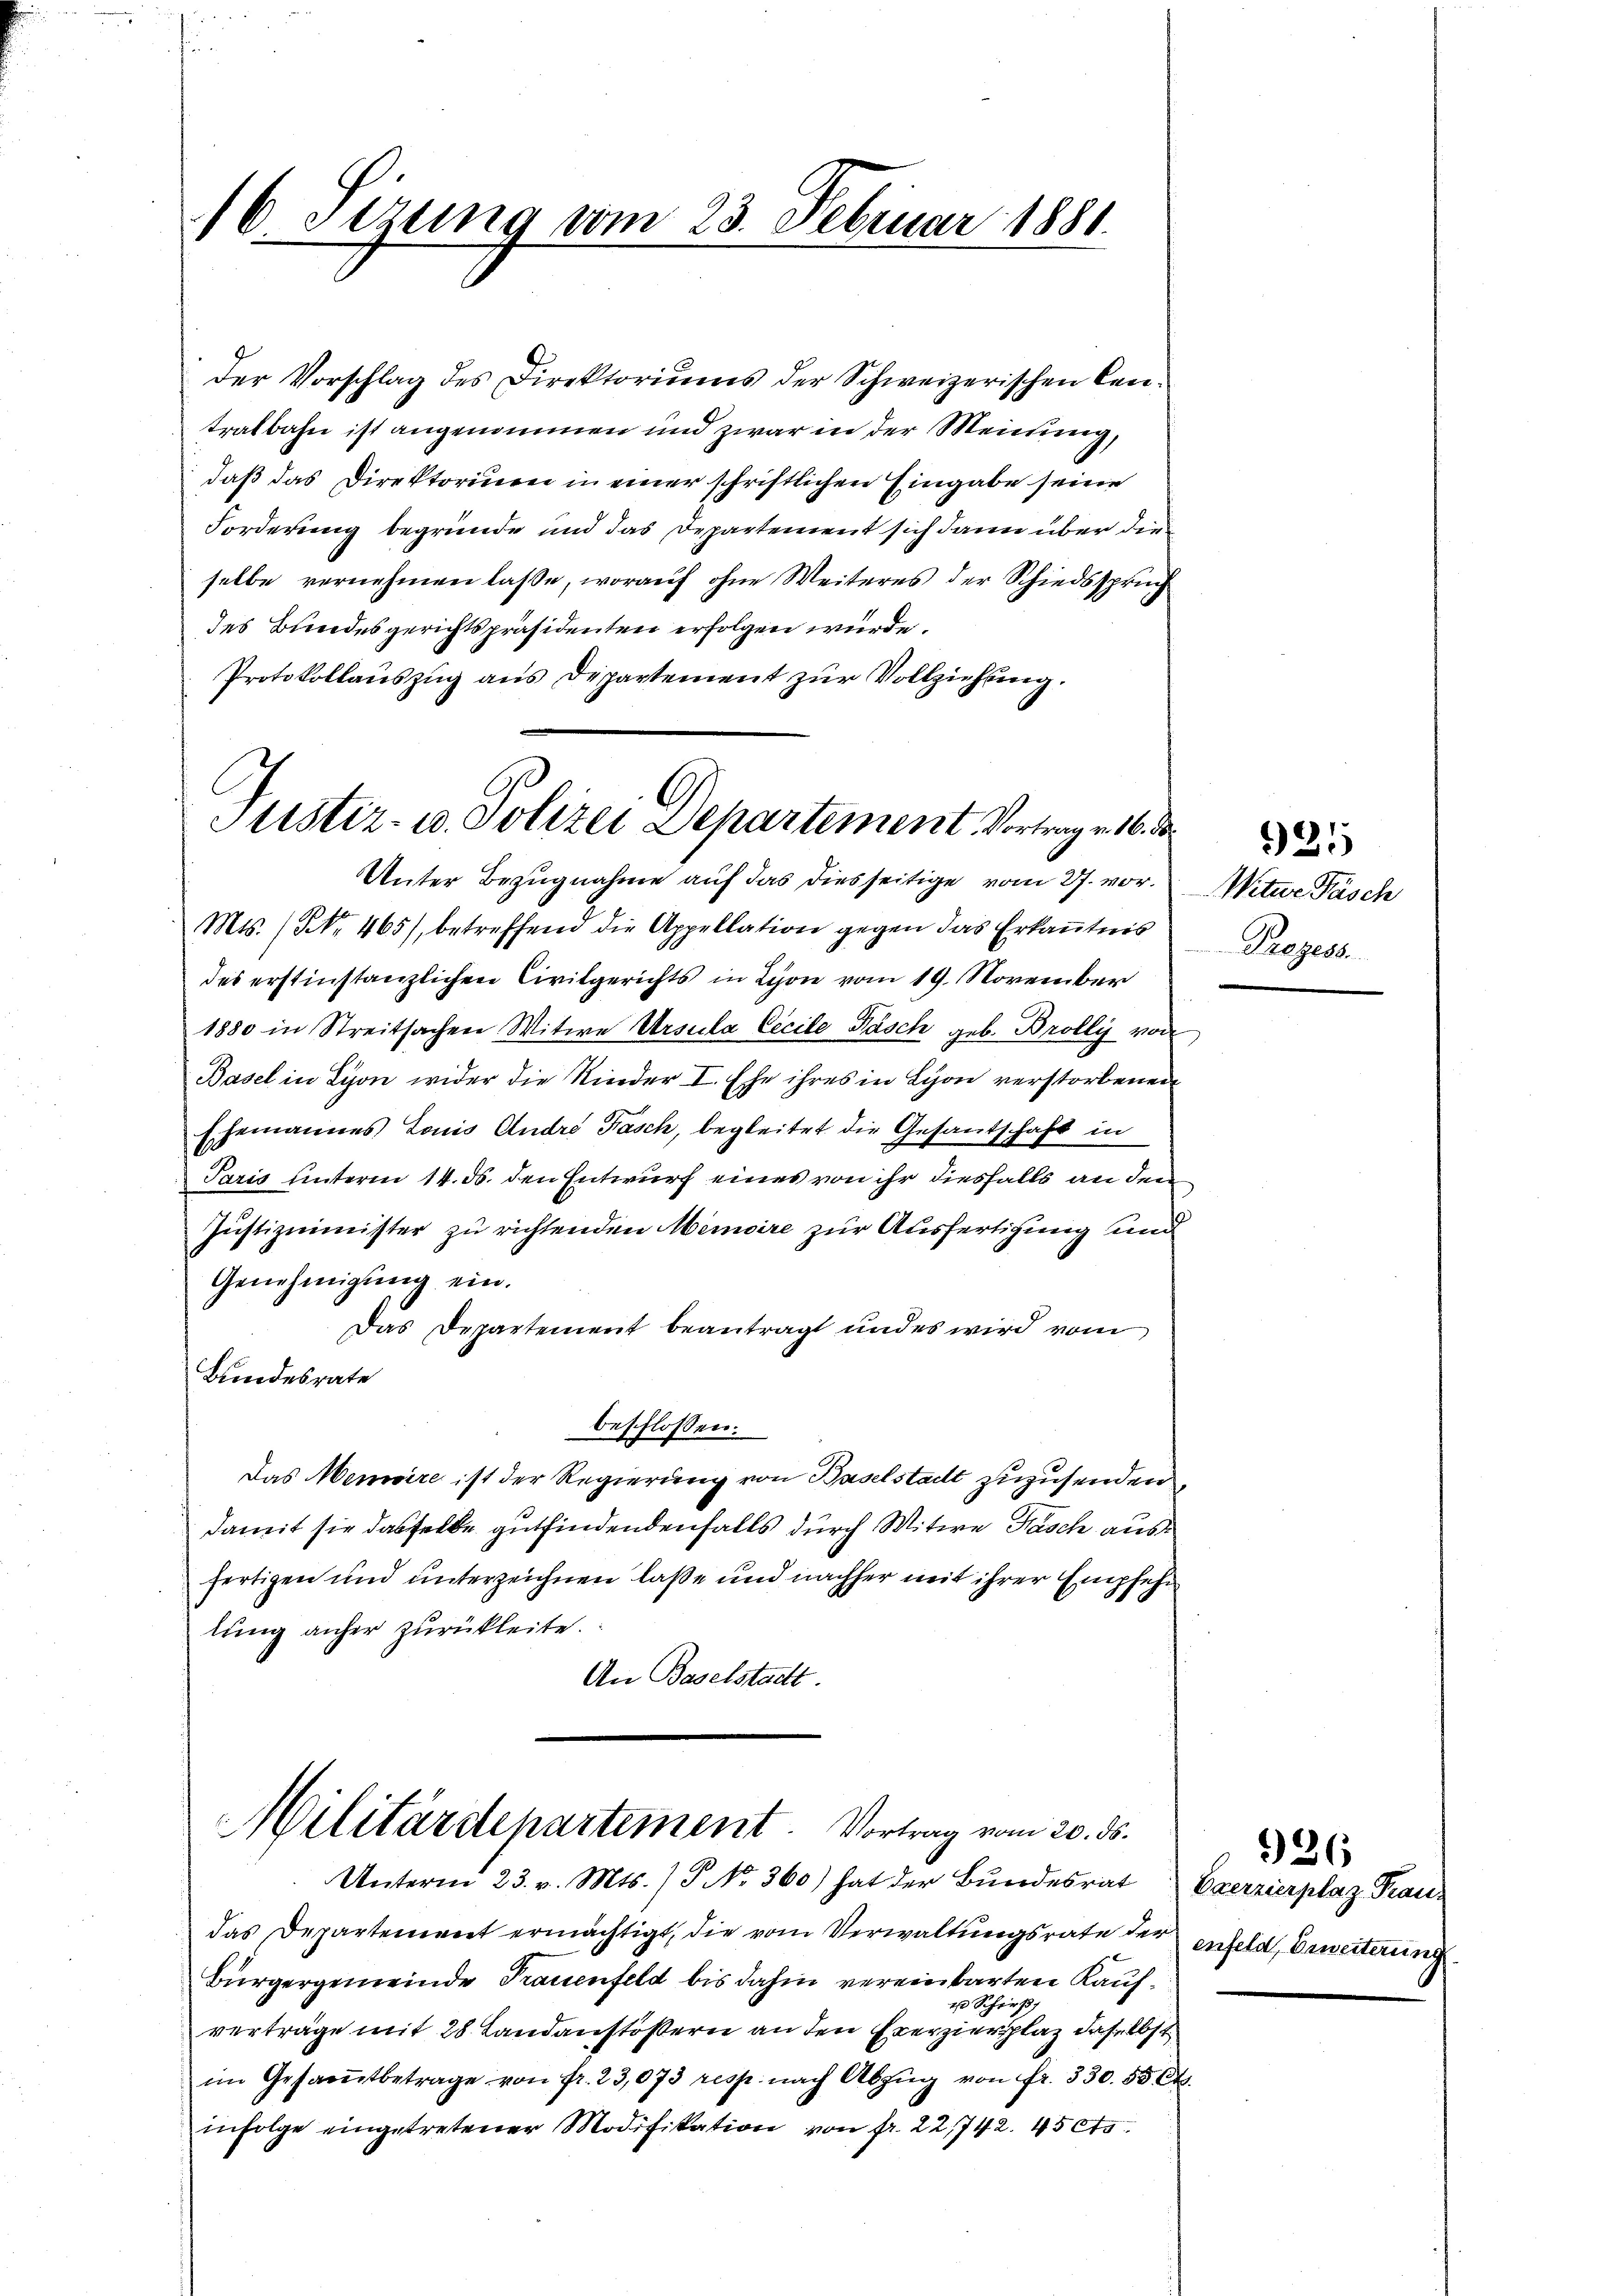
16 Stzung vom 23. Februar 1881.

der Vorschlag des Direktoriums der Schweizerischen Centralbahn ist angenommen und zwar in der Meinung,
daß das Direktorium in einer schriftlichen Eingabe seine
Forderung begründe und das Departement sich dann über die
selbe vernehmen laße, worauf ohne Weiteres der Schiedsspruch
des Bundesgerichtspräsidenten erfolgen wurde.
Protokollauszug aus Departement zur Vollziehung.

Justiz- u. Polizei Departement Vortrag v. 16. d
Unter Bezugnahme auf das diesseitige vom 27. vor.

Mts. (Nr. 465), betreffend die Appellation gegen das Erkanntnis
des erstinstanzlichen Civilgerichts in Lyon vom 19. November
1880 in Streitsachen Witwe Ursula Cecile Fäsch geb. Brolly von
Basel in Lyon wider die Nieder I. Ehe ihres in Lyon verstorbenen
Ehemannes Louis Andre Fasch, begleitet die Gesandschaft in
Paris unterm 14. ds. den Entwurf eines von ihr diesfalls an den
Justizminister zu richtenden Memoire zur Ausfertigung und
Genehmigung ein.
Das Departement beantragt und es wird vom
Bundesrate
beschlossen:
Das Memoire ist der Regierung von Baselstadt zuzusenden
damit sie dasselbe gutfindendenfalls durch Witwe Pasch aus
fertigen und unterzeichnen laße und nachher mit ihrer Empfehlung anher zurückleite.
An Baselstadtt.

Militärdepartement. Vortrag vom 20. ds.
Unterm 23. v. Mts. (T No. 360) hat der Bundesrat Exerzierplaz Prau¬

das Departement ermächtigt, die vom Verwaltungsrate der
Bürgergemeinde Trauenfeld bis dahin vereinbarten Kauf¬
1 Schieß
vertrage mit 28. Landanstößern an den Exerzierplaz daselbst
im Gesamtbetrage von fr. 23,073 resp. nach Abzŭg von fr. 330. 55 Ct.
infolge eingetretener Modifikation von fr. 22742. 45 cts.

Witwe Pasch
Prozess

926
enfeld, Erweiterung

921